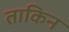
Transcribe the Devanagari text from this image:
ताकिन